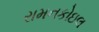
રામનકોઇલ